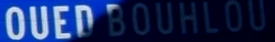
OUEDBOUHLOU